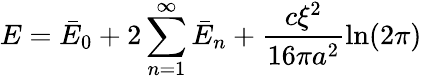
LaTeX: E=\bar{E}_{0}+2\sum_{n=1}^{\infty}\bar{E}_{n}+\frac{c\xi^{2}}{16\pi a^{2}}\ln(2\pi)